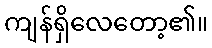
ကျန်ရှိလေတော့၏။